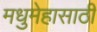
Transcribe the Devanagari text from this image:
मधुमेहासाठी